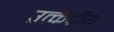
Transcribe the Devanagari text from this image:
उत्केंद्रीय